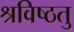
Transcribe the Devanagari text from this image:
श्रविष्ठतु